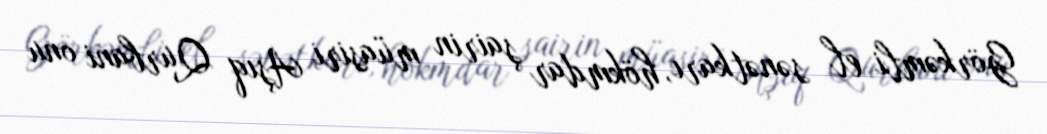
Görkəmli el sənətkarı, hökmdar şairin müasiri Aşıq Qurbani onu